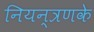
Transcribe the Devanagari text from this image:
नियन्त्रणके